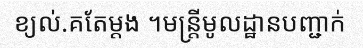
ខ្យល់.គតែម្តង ។មន្ត្រីមូលដ្ឋានបញ្ជាក់